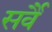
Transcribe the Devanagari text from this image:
सर्वै